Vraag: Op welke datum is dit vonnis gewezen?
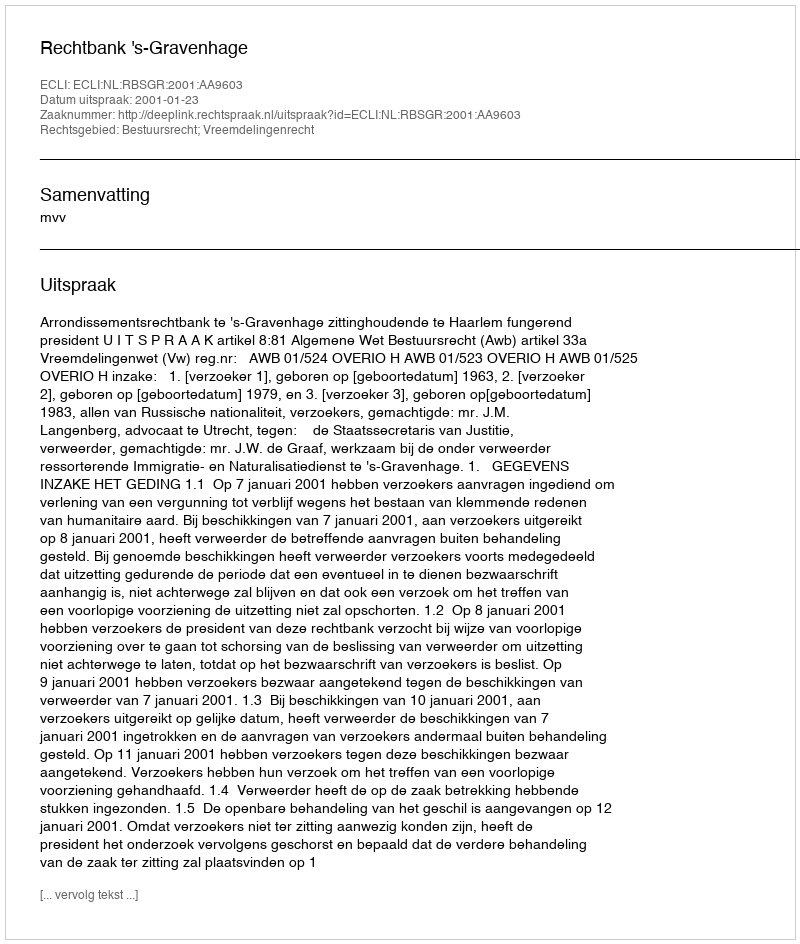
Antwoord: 2001-01-23